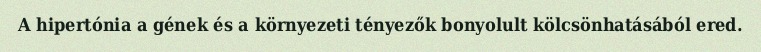
A hipertónia a gének és a környezeti tényezők bonyolult kölcsönhatásából ered.